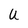
Character: U